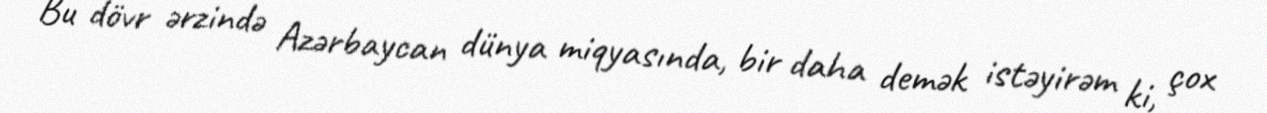
Bu dövr ərzində Azərbaycan dünya miqyasında, bir daha demək istəyirəm ki, çox